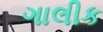
ગાલીક